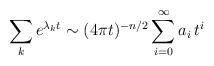
LaTeX: \begin{align*} \sum_k e^{\lambda_k t} \sim (4 \pi t)^{-n/2} \sum_{i=0}^\infty a_i \, t^i\end{align*}